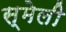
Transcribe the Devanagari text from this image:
स्मेली